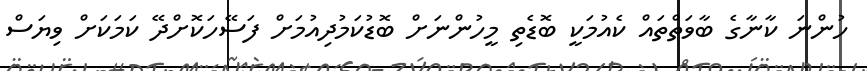
ހުންނަ ކާނާގެ ބާވަތްތައް ކެއުމަކީ ބޮޑެތި މީހުންނަށް ބޮޑުކަމުދިއުމަށް ފަސޭހަކޮށްދޭ ކަމަކަށް ވިޔަސް